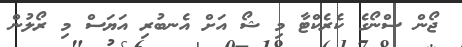
ޖޯން ސްނޯގެ ކެރެކްޓާ މި ޝޯ އަށް އެނބުރި އަޔަސް މި ރޯލުން